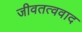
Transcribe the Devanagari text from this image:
जीवतत्ववाद